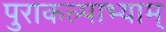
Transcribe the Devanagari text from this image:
पुराकल्पाभ्याम्